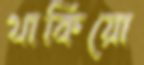
থাকিয়ো